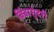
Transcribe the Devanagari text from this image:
बिंबासुंदरी